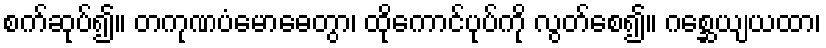
စက်ဆုပ်၍။ တကုဏပံမောဓေတွာ၊ ထိုကောင်ပုပ်ကို လွတ်စေ၍။ ဂစ္ဆေယျယထာ၊